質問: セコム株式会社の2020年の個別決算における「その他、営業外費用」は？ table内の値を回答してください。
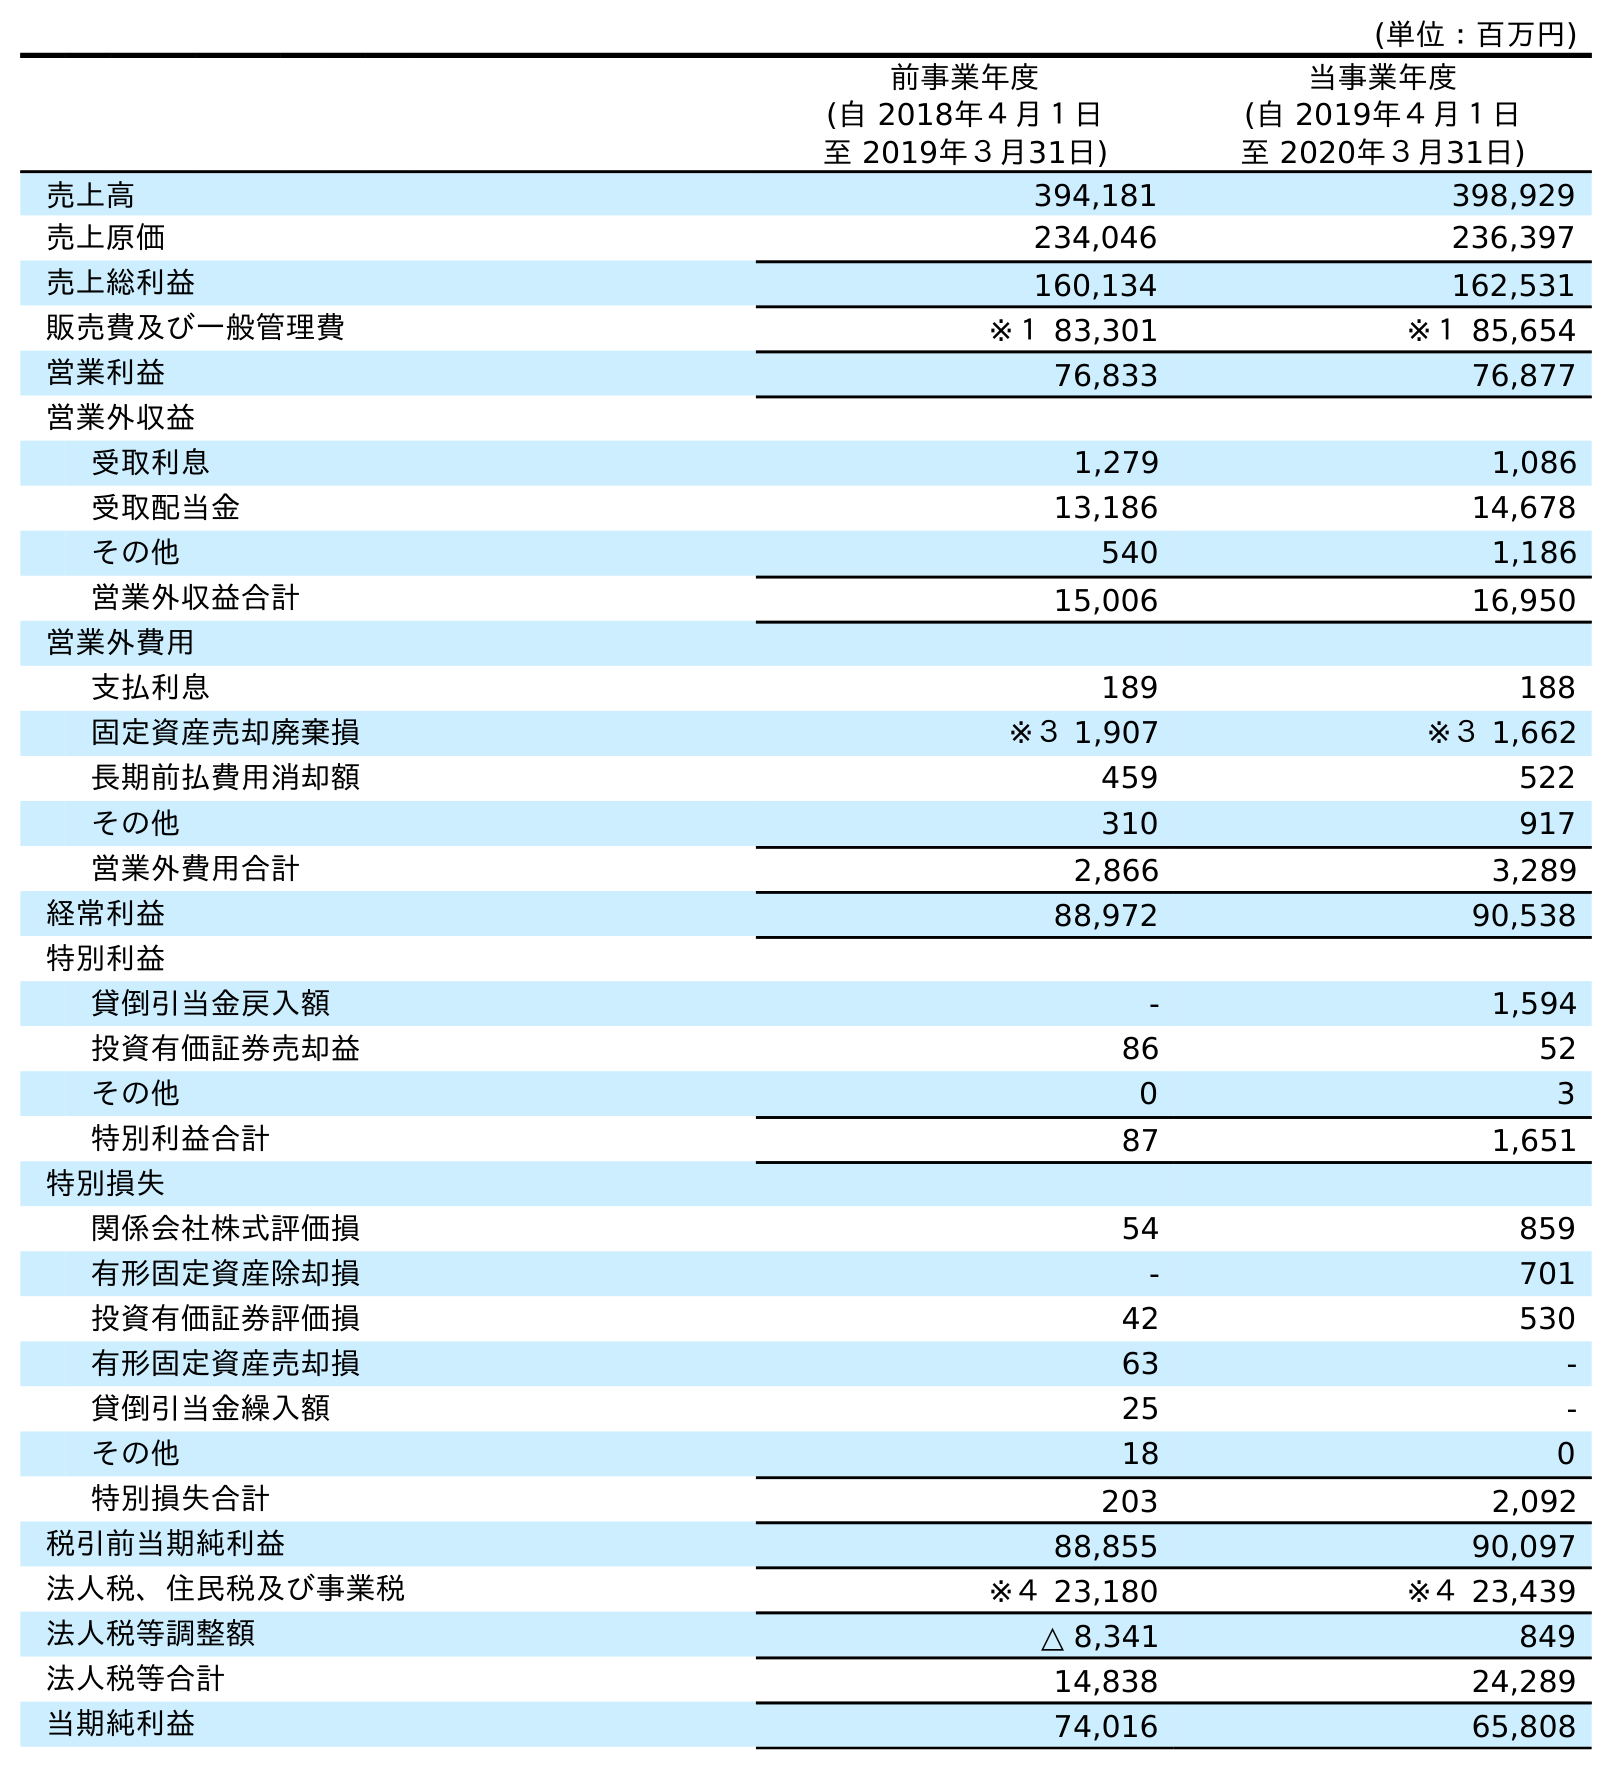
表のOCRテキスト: (単位：百万円) 前事業年度 (自 2018年４月１日 至 2019年３月31日) 当事業年度 (自 2019年４月１日 至 2020年３月31日) 売上高 394,181 398,929 売上原価 234,046 236,397 売上総利益 160,134 162,531 販売費及び一般管理費 ※１ 83,301 ※１ 85,654 営業利益 76,833 76,877 営業外収益 受取利息 1,279 1,086 受取配当金 13,186 14,678 その他 540 1,186 営業外収益合計 15,006 16,950 営業外費用 支払利息 189 188 固定資産売却廃棄損 ※３ 1,907 ※３ 1,662 長期前払費用消却額 459 522 その他 310 917 営業外費用合計 2,866 3,289 経常利益 88,972 90,538 特別利益 貸倒引当金戻入額 - 1,594 投資有価証券売却益 86 52 その他 0 3 特別利益合計 87 1,651 特別損失 関係会社株式評価損 54 859 有形固定資産除却損 - 701 投資有価証券評価損 42 530 有形固定資産売却損 63 - 貸倒引当金繰入額 25 - その他 18 0 特別損失合計 203 2,092 税引前当期純利益 88,855 90,097 法人税、住民税及び事業税 ※４ 23,180 ※４ 23,439 法人税等調整額 △ 8,341 849 法人税等合計 14,838 24,289 当期純利益 74,016 65,808
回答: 917